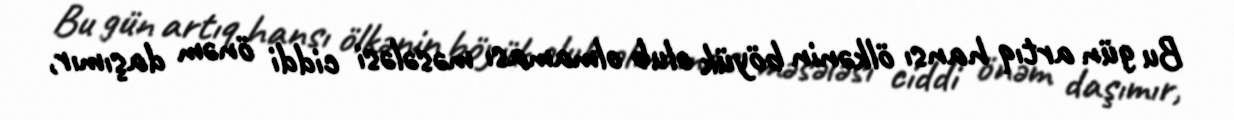
Bu gün artıq hansı ölkənin böyük olub olmaması məsələsi ciddi önəm daşımır,